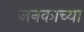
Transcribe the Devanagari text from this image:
जनकाच्या